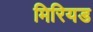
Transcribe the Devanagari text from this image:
मिरियड